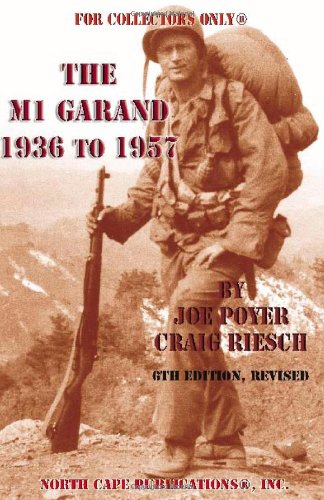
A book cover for The M1 Garand, 1936-1957; Joe Poyer; History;